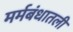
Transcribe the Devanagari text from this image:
मर्मबंधातली